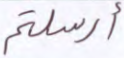
أرسلتم